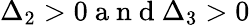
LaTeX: \Delta_{2}>0\mathrm{~a~n~d~}\Delta_{3}>0